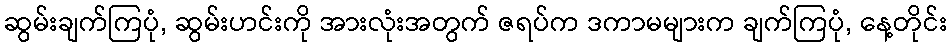
ဆွမ်းချက်ကြပုံ, ဆွမ်းဟင်းကို အားလုံးအတွက် ဇရပ်က ဒကာမများက ချက်ကြပုံ, နေ့တိုင်း